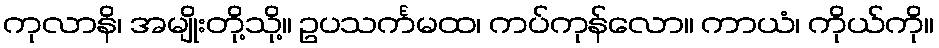
ကုလာနိ၊ အမျိုးတို့သို့။ ဥပသင်္ကမထ၊ ကပ်ကုန်လော။ ကာယံ၊ ကိုယ်ကို။